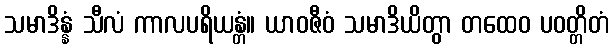
သမာဒိန္နံ သီလံ ကာလပရိယန္တံ။ ယာဝဇီဝံ သမာဒိယိတွာ တထေဝ ပဝတ္တိတံ